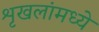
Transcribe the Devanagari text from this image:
शृखलांमध्ये